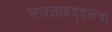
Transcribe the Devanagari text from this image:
भारताबद्दलचा